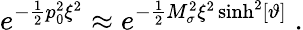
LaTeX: e^{-\frac{1}{2}p_{0}^{2}\xi^{2}}\approx e^{-\frac{1}{2}M_{\sigma}^{2}\xi^{2}\sinh^{2}[\vartheta]}\; .